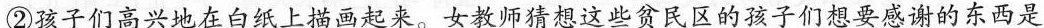
②孩子们高兴地在白纸上描画起来。女教师猜想这些贫民区的孩子们想要感谢的东西是